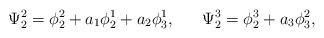
LaTeX: \begin{align*}\Psi_2^2=\phi_2^2+a_1\phi_2^1+a_2\phi_3^1,~~~~~\Psi_2^3=\phi_2^3+a_3\phi_3^2,\end{align*}